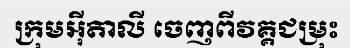
ក្រុមអ៊ីតាលី ចេញពីវគ្គជម្រុះ